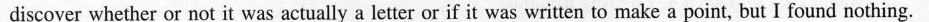
discover whether or not it was actually a letter or if it was written to make a point, but I found nothing.